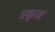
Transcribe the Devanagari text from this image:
प्रकुख